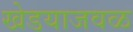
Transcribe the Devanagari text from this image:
खेडयाजवळ